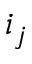
i _ { j }